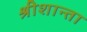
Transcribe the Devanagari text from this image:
श्रीशान्ता